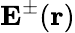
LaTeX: \mathbf{E}^{\pm}(\mathbf{r})